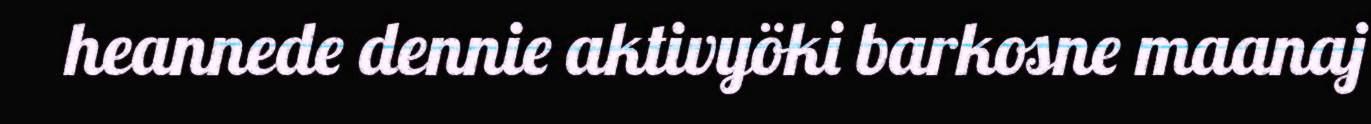
heannede dennie aktivyöki barkosne maanaj